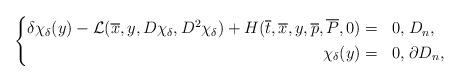
LaTeX: \begin{align*}\left\{ \begin{aligned} \delta \chi_{\delta}(y) -\mathcal{L}(\overline{x},y,D\chi_{\delta},D^{2}\chi_{\delta}) + H(\overline{t},\overline{x},y,\overline{p},\overline{P},0) &=& 0,&\;D_{n} ,\\ \chi_{\delta}(y) &=& 0,&\; \partial D_{n}, \end{aligned}\right.\end{align*}